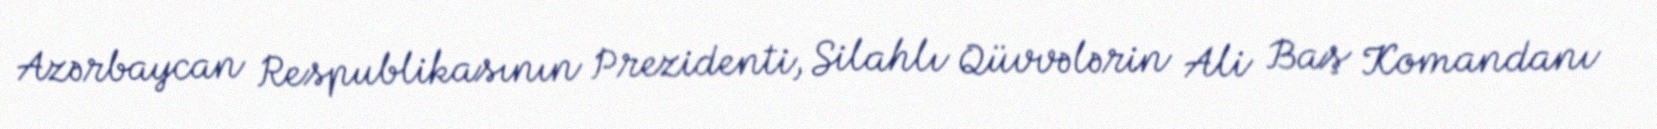
Azərbaycan Respublikasının Prezidenti, Silahlı Qüvvələrin Ali Baş Komandanı